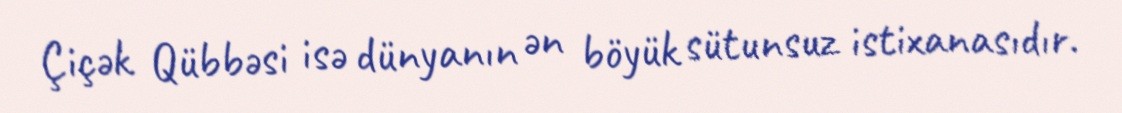
Çiçək Qübbəsi isə dünyanın ən böyük sütunsuz istixanasıdır.